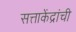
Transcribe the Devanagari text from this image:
सत्ताकेंद्रांची